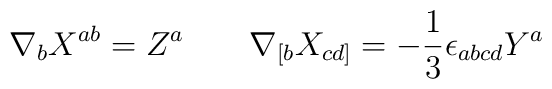
\nabla_{b} X^{ab} = Z^{a} \qquad \nabla_{[b} X_{cd]} =-\frac{1}{3}\epsilon_{abcd}Y^a